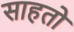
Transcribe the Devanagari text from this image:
साहतो